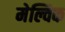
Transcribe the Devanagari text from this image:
मेल्विक